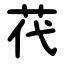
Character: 䒫